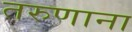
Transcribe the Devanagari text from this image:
तरुणाना